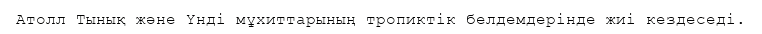
Атолл Тынық және Үнді мұхиттарының тропиктік белдемдерінде жиі кездеседі.